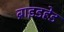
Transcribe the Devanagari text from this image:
ब्राइडहेड